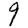
Digit: 9